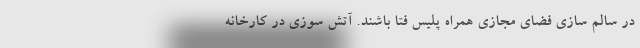
در سالم سازی فضای مجازی همراه پلیس فتا باشند. آتش سوزی در کارخانه